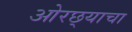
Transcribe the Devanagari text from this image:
ओरछ्याचा